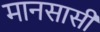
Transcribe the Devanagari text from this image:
मानसासी